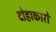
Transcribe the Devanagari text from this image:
दोहाकारों